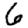
Digit: 6